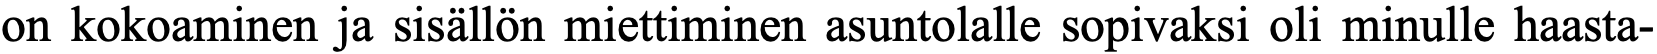
on kokoaminen ja sisällön miettiminen asuntolalle sopivaksi oli minulle haasta-